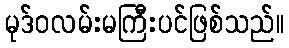
မုဒ်ဝလမ်းမကြီးပင်ဖြစ်သည်။